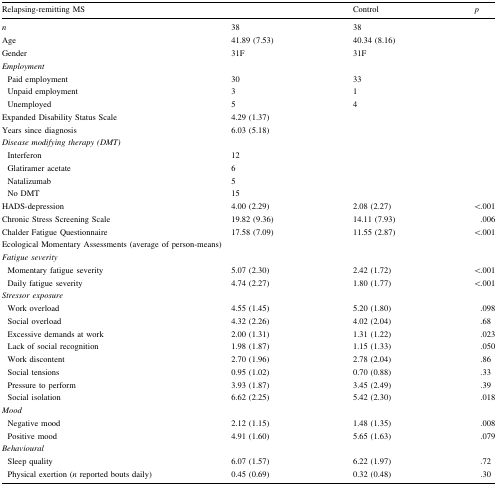
<table><thead><tr><td colspan="2"><b>Relapsing-remitting MS</b></td><td><b>Control</b></td><td><b><i>p</i></b></td></tr></thead><tbody><tr><td><i>n</i></td><td>38</td><td>38</td><td>[EMPTY_CELL]</td></tr><tr><td>Age</td><td>41.89 (7.53)</td><td>40.34 (8.16)</td><td>[EMPTY_CELL]</td></tr><tr><td>Gender</td><td>31F</td><td>31F</td><td>[EMPTY_CELL]</td></tr><tr><td><i>Employment</i></td><td>[EMPTY_CELL]</td><td>[EMPTY_CELL]</td><td>[EMPTY_CELL]</td></tr><tr><td> Paid employment</td><td>30</td><td>33</td><td>[EMPTY_CELL]</td></tr><tr><td> Unpaid employment</td><td>3</td><td>1</td><td>[EMPTY_CELL]</td></tr><tr><td> Unemployed</td><td>5</td><td>4</td><td>[EMPTY_CELL]</td></tr><tr><td>Expanded Disability Status Scale</td><td>4.29 (1.37)</td><td>[EMPTY_CELL]</td><td>[EMPTY_CELL]</td></tr><tr><td>Years since diagnosis</td><td>6.03 (5.18)</td><td>[EMPTY_CELL]</td><td>[EMPTY_CELL]</td></tr><tr><td><i>Disease modifying therapy (DMT)</i></td><td>[EMPTY_CELL]</td><td>[EMPTY_CELL]</td><td>[EMPTY_CELL]</td></tr><tr><td> Interferon</td><td>12</td><td>[EMPTY_CELL]</td><td>[EMPTY_CELL]</td></tr><tr><td> Glatiramer acetate</td><td>6</td><td>[EMPTY_CELL]</td><td>[EMPTY_CELL]</td></tr><tr><td> Natalizumab</td><td>5</td><td>[EMPTY_CELL]</td><td>[EMPTY_CELL]</td></tr><tr><td> No DMT</td><td>15</td><td>[EMPTY_CELL]</td><td>[EMPTY_CELL]</td></tr><tr><td>HADS-depression</td><td>4.00 (2.29)</td><td>2.08 (2.27)</td><td>&lt;.001</td></tr><tr><td>Chronic Stress Screening Scale</td><td>19.82 (9.36)</td><td>14.11 (7.93)</td><td>.006</td></tr><tr><td>Chalder Fatigue Questionnaire</td><td>17.58 (7.09)</td><td>11.55 (2.87)</td><td>&lt;.001</td></tr><tr><td colspan="4">Ecological Momentary Assessments (average of person-means)</td></tr><tr><td colspan="4"><i>Fatigue severity</i></td></tr><tr><td> Momentary fatigue severity</td><td>5.07 (2.30)</td><td>2.42 (1.72)</td><td>&lt;.001</td></tr><tr><td> Daily fatigue severity</td><td>4.74 (2.27)</td><td>1.80 (1.77)</td><td>&lt;.001</td></tr><tr><td><i>Stressor exposure</i></td><td>[EMPTY_CELL]</td><td>[EMPTY_CELL]</td><td>[EMPTY_CELL]</td></tr><tr><td> Work overload</td><td>4.55 (1.45)</td><td>5.20 (1.80)</td><td>.098</td></tr><tr><td> Social overload</td><td>4.32 (2.26)</td><td>4.02 (2.04)</td><td>.68</td></tr><tr><td> Excessive demands at work</td><td>2.00 (1.31)</td><td>1.31 (1.22)</td><td>.023</td></tr><tr><td> Lack of social recognition</td><td>1.98 (1.87)</td><td>1.15 (1.33)</td><td>.050</td></tr><tr><td> Work discontent</td><td>2.70 (1.96)</td><td>2.78 (2.04)</td><td>.86</td></tr><tr><td> Social tensions</td><td>0.95 (1.02)</td><td>0.70 (0.88)</td><td>.33</td></tr><tr><td> Pressure to perform</td><td>3.93 (1.87)</td><td>3.45 (2.49)</td><td>.39</td></tr><tr><td> Social isolation</td><td>6.62 (2.25)</td><td>5.42 (2.30)</td><td>.018</td></tr><tr><td><i>Mood</i></td><td>[EMPTY_CELL]</td><td>[EMPTY_CELL]</td><td>[EMPTY_CELL]</td></tr><tr><td> Negative mood</td><td>2.12 (1.15)</td><td>1.48 (1.35)</td><td>.008</td></tr><tr><td> Positive mood</td><td>4.91 (1.60)</td><td>5.65 (1.63)</td><td>.079</td></tr><tr><td><i>Behavioural</i></td><td>[EMPTY_CELL]</td><td>[EMPTY_CELL]</td><td>[EMPTY_CELL]</td></tr><tr><td> Sleep quality</td><td>6.07 (1.57)</td><td>6.22 (1.97)</td><td>.72</td></tr><tr><td> Physical exertion (<i>n</i> reported bouts daily)</td><td>0.45 (0.69)</td><td>0.32 (0.48)</td><td>.30</td></tr></tbody></table>